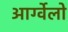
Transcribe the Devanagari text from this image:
आर्ग्वेलो